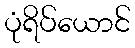
ပုံရိပ်ယောင်